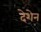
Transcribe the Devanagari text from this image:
देशेन